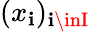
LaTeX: (x_{\mathbf{i}})_{\mathbf{i}\inI}